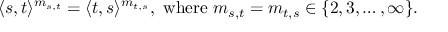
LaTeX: \langle s , t \rangle ^ { m _ { s , t } } = \langle t , s \rangle ^ { m _ { t , s } } , { \mathrm { ~ w h e r e ~ } } m _ { s , t } = m _ { t , s } \in \{ 2 , 3 , \ldots , \infty \} .